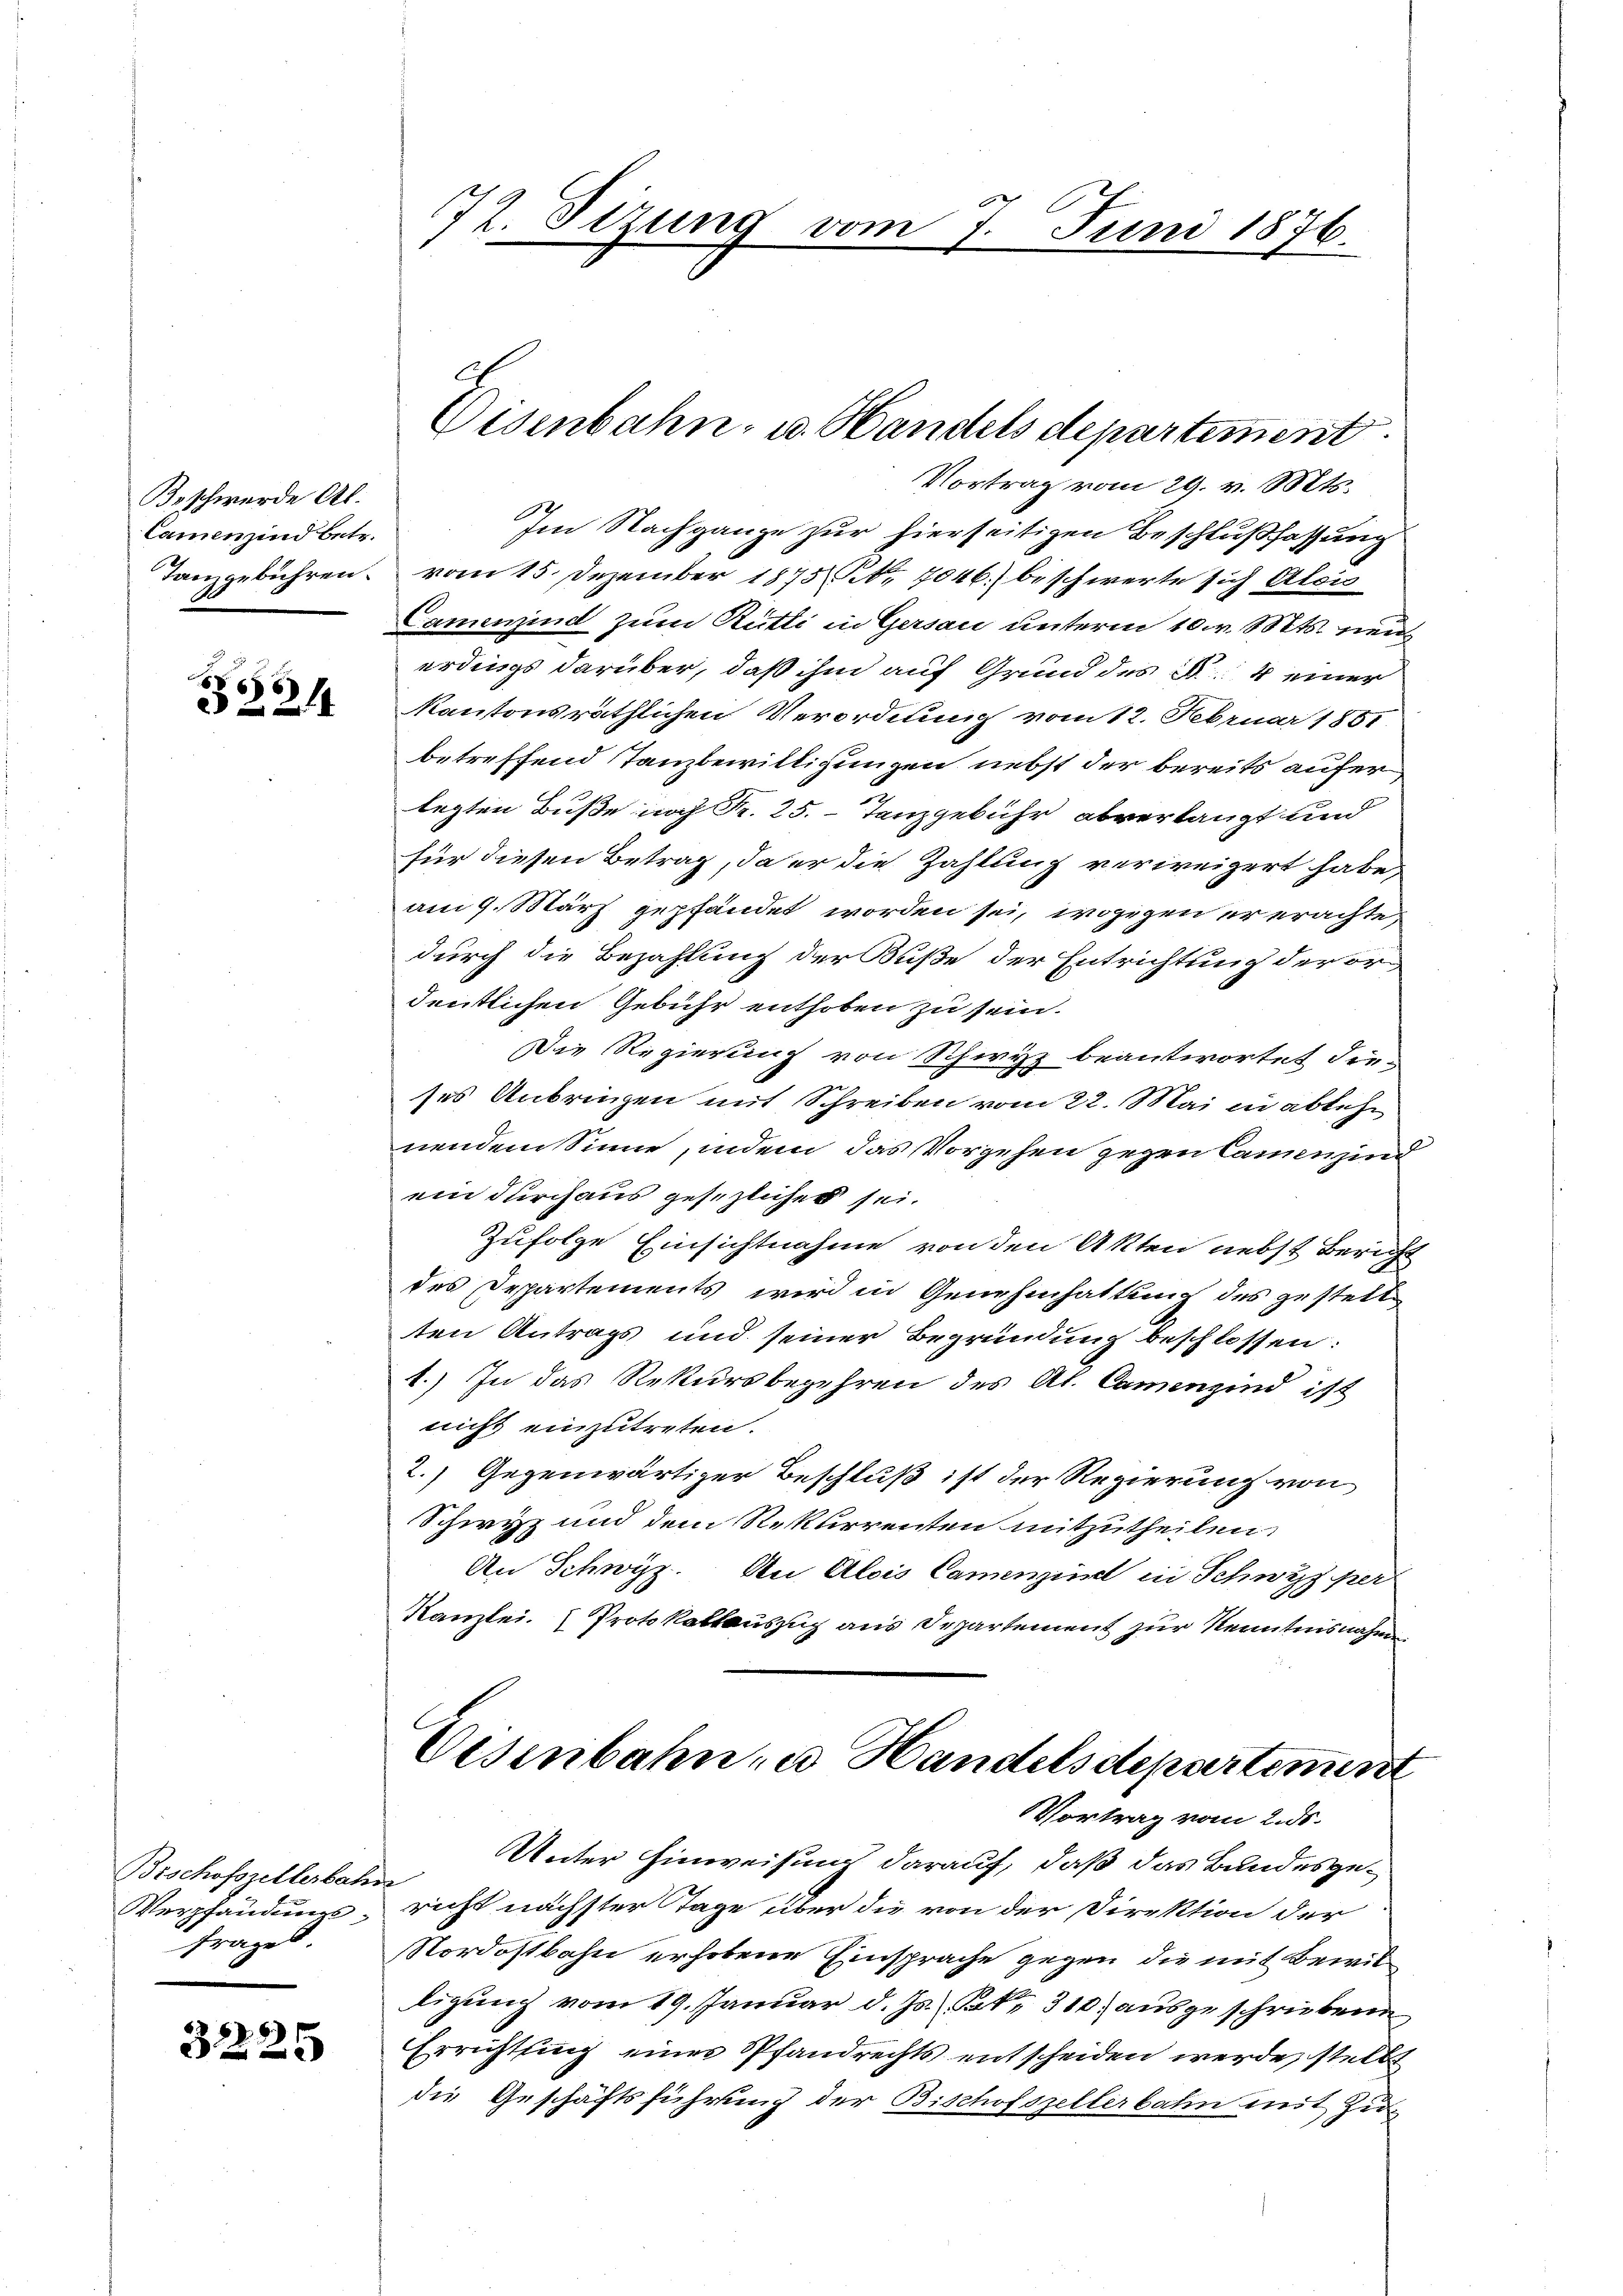
Beschwerde Al.
Cammenzind betr.
Tanzgebühren.

551
e

Bischofszellerbahr
Verpfändungsfrages

31225

72. Sitzung vom 7. Juni 1876.

Vortrag vom 29. v. Mts.
1
Ien Nachgange zur hierseitigen Beschlußfassung
vom 15. Dezember 1873. 7046.) beschwerte sich Alois
Camwind zum Rütti in Gersau unterm 10. v. Mts. neu
erdings darüber, daß ihm auf Grund des c. 4 einer
kantonsräthlichen Verordnung vom 12. Februar 1851.
betreffend Tanzbewilligungen nebst der bereits aufer
legten Buße noch Fr. 25. Tanzgebühr abverlangt und
für diesen Betrag, da er die Zahlung verweigert habe,
am 9. März gepfändet worden sei, wogegen er erachte,
durch die Bezahlung der Buße der Entrichtung der ordentlichen Gebühr enthoben zu sein.
Die Regierung von Schwyz beantwortet die
ses Anbringen mit Schreiben vom 22. Mai in ablehn
nendem Sinne, indem das Vorgehen gegen Camen sind
ein durchaus gesezlicher sei.
Zufolge Einsichtnahme von den Akten nebst Bericht
des Departements wird in Genehmhaltung des gestellten Antrags und seiner Begründung beschlossen:
1.) In das Rekursbegehren des Al. Camenzind ist
nicht einzutreten.
2.) Gegenwärtiger Beschluß ist der Regierung von
Schwyz und dem Rekurrenten mitzutheilen.
An Schwyz. An Alois Camenzi in Schwyz per
Kanzlei. Protokollauszug aus Departement zur Kenntnisnahm
Visenbahn zu Handelsdepartement
Vortrag vom 2. ds.
Unter Hinweisung darauf, daß das Bundesgericht nächster Tage über die von der Direktion der
Nordostbahn erhobene Einsprache gegen die mit Bewilligung vom 19. Januar d. Js. Jak. 310. ausgeschriebene
Errichtung einer Pfandrechts entscheiden werde, stellt
die Geschäftsführung der Bischofszellerbahn mit Zu¬

Eisenbahn- u. Handels departement